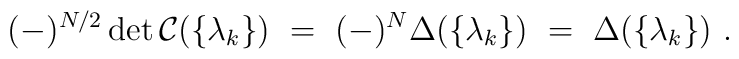
(-)^{N/2}\det \mathcal{C}(\{\lambda_k\}) ~=~ (-)^N \Delta(\{\lambda_k\}) ~=~ \Delta(\{\lambda_k\}) ~.